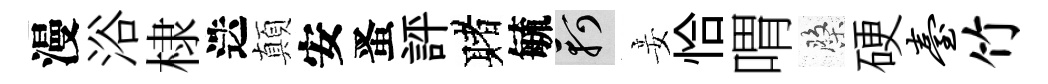
漫浴棣迭顛安󱉠評赌毓軻妾恰喟盤硬台竹